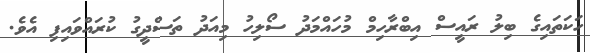
ހަކަތައިގެ ބިލު ރައީސް އިބްރާހިމް މުހައްމަދު ސޯލިހު މިއަދު ތަސްދީގު ކުރަައްވައިފި އެވެ.